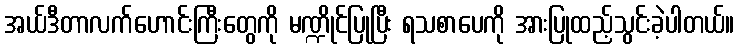
အယ်ဒီတာလက်ဟောင်းကြီးတွေကို မဏ္ဍိုင်ပြုပြီး ရသစာပေကို အားပြုထည့်သွင်းခဲ့ပါတယ်။